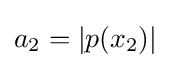
a_{2}=|p(x_{2})|